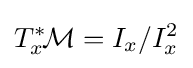
T_{x}^{*}\!{\mathcal {M}}=I_{x}/I_{x}^{2}